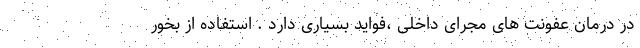
در درمان عفونت های مجرای داخلی ،فواید بسیاری دارد . استفاده از بخور